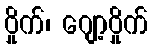
ဝှိုက်၊ ဂျော့ဝှိုက်